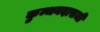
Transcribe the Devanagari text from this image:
कुम्भनदासजी